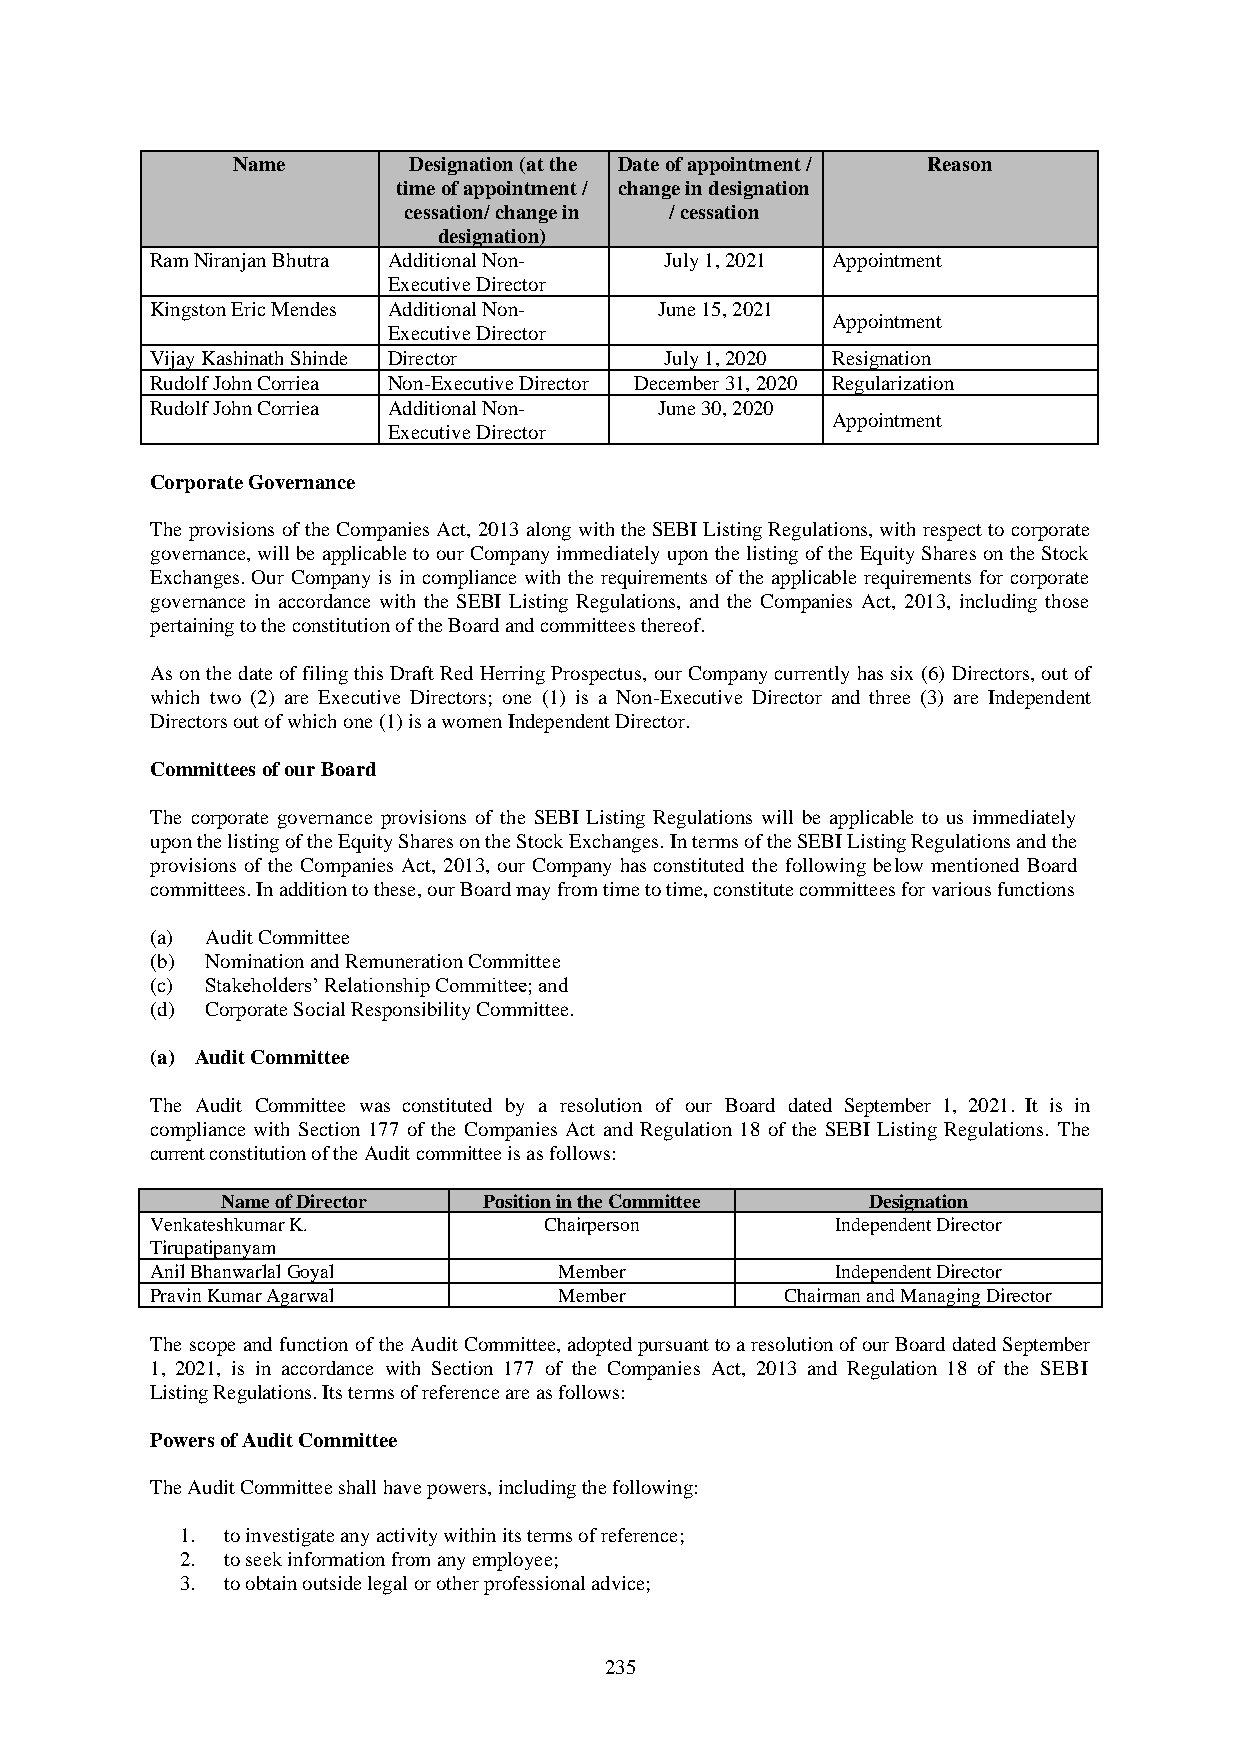
Name        Designation (at the Date of appointment / Reason
 time of appointment / change in designation
 cessation/ change in / cessation
 designation)
 Ram Niranjan Bhutra Additional Non- July 1, 2021 Appointment
 Executive Director
 Kingston Eric Mendes Additional Non- June 15, 2021
 Appointment
 Executive Director
 Vijay Kashinath Shinde Director   July 1, 2020 Resignation
 Rudolf John Corriea Non-Executive Director December 31, 2020 Regularization
 Rudolf John Corriea Additional Non- June 30, 2020
 Appointment
 Executive Director
 Corporate Governance
 The provisions of the Companies Act, 2013 along with the SEBI Listing Regulations, with respect to corporate
 governance, will be applicable to our Company immediately upon the listing of the Equity Shares on the Stock
 Exchanges. Our Company is in compliance with the requirements of the applicable requirements for corporate
 governance in accordance with the SEBI Listing Regulations, and the Companies Act, 2013, including those
 pertaining to the constitution of the Board and committees thereof.
 As on the date of filing this Draft Red Herring Prospectus, our Company currently has six (6) Directors, out of
 which two (2) are Executive Directors; one (1) is a Non-Executive Director and three (3) are Independent
 Directors out of which one (1) is a women Independent Director.
 Committees of our Board
 The corporate governance provisions of the SEBI Listing Regulations will be applicable to us immediately
 upon the listing of the Equity Shares on the Stock Exchanges. In terms of the SEBI Listing Regulations and the
 provisions of the Companies Act, 2013, our Company has constituted the following below mentioned Board
 committees. In addition to these, our Board may from time to time, constitute committees for various functions
 (a) Audit Committee
 (b) Nomination and Remuneration Committee
 (c) Stakeholders’ Relationship Committee; and
 (d) Corporate Social Responsibility Committee.
 (a) Audit Committee
 The Audit Committee was constituted by a resolution of our Board dated September 1, 2021. It is in
 compliance with Section 177 of the Companies Act and Regulation 18 of the SEBI Listing Regulations. The
 current constitution of the Audit committee is as follows:
 Name of Director Position in the Committee Designation
 Venkateshkumar K.         Chairperson        Independent Director
 Tirupatipanyam
 Anil Bhanwarlal Goyal      Member            Independent Director
 Pravin Kumar Agarwal       Member         Chairman and Managing Director
 The scope and function of the Audit Committee, adopted pursuant to a resolution of our Board dated September
 1, 2021, is in accordance with Section 177 of the Companies Act, 2013 and Regulation 18 of the SEBI
 Listing Regulations. Its terms of reference are as follows:
 Powers of Audit Committee
 The Audit Committee shall have powers, including the following:
 1. to investigate any activity within its terms of reference;
 2. to seek information from any employee;
 3. to obtain outside legal or other professional advice;
 235